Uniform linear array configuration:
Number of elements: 48
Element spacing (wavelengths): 1
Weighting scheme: uniform
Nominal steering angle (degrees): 15
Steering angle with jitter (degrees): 13.034
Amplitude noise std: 0.05
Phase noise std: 0.05

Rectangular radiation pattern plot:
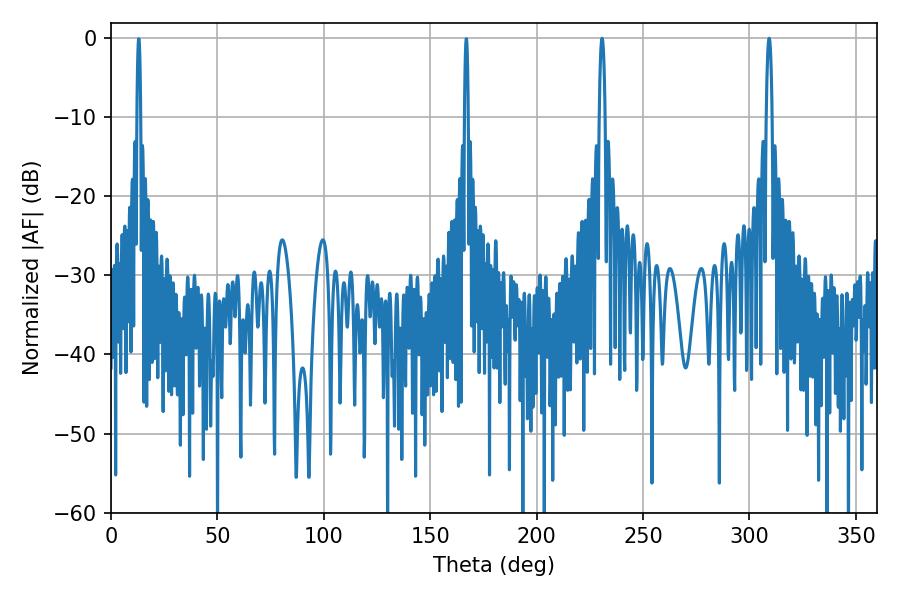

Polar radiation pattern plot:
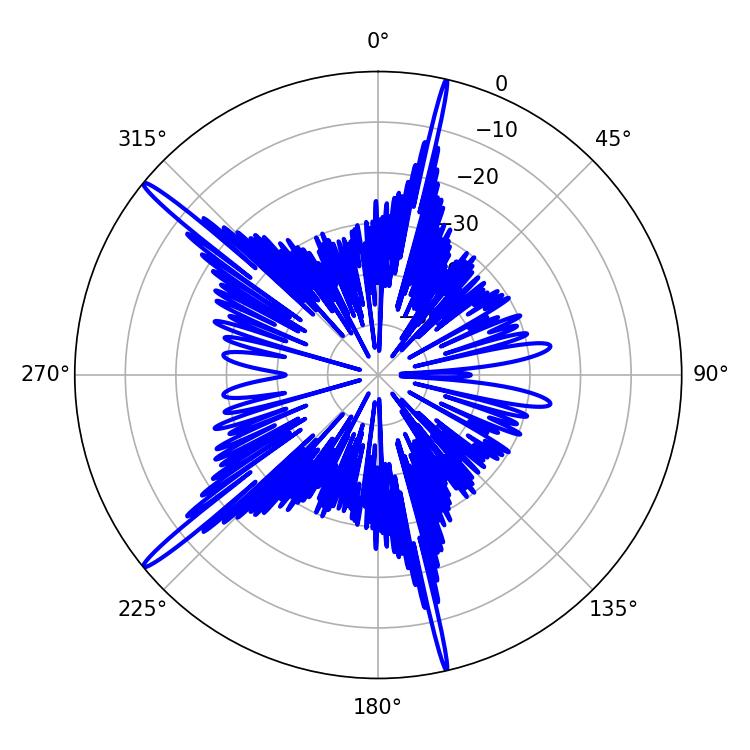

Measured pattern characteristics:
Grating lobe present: TRUE
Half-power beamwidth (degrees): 1.44
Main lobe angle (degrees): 230.76